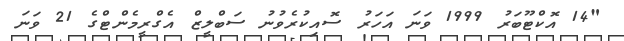
"14 އޮކްޓޫބަރު 1999 ވަނަ އަހަރު ސޮއިކުރެވުނު ސަބްލީޒް އެގްރީމެންޓްގެ 21 ވަނަ